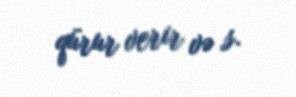
qürur verir və s.